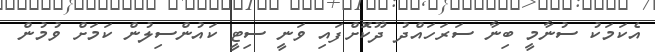
އެކަމަކު ސުނާމީ ބިނާ ސަރަހައްދު ދޫކޮށްފައި ވަނީ ސިޓީ ކައުންސިލުން ކަމަށް ވުމުން